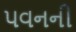
પવનની